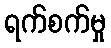
ရက်စက်မှု